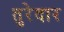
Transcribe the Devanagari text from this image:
तुरेदार